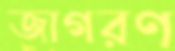
জাগরণ